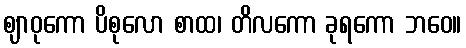
ဈာဝုကော ပိစုလော စာထ၊ တိလကော ခုရကော ဘဝေ။